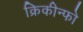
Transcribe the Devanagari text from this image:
क्रिकीन्फो